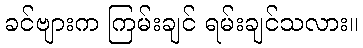
ခင်ဗျားက ကြမ်းချင် ရမ်းချင်သလား။